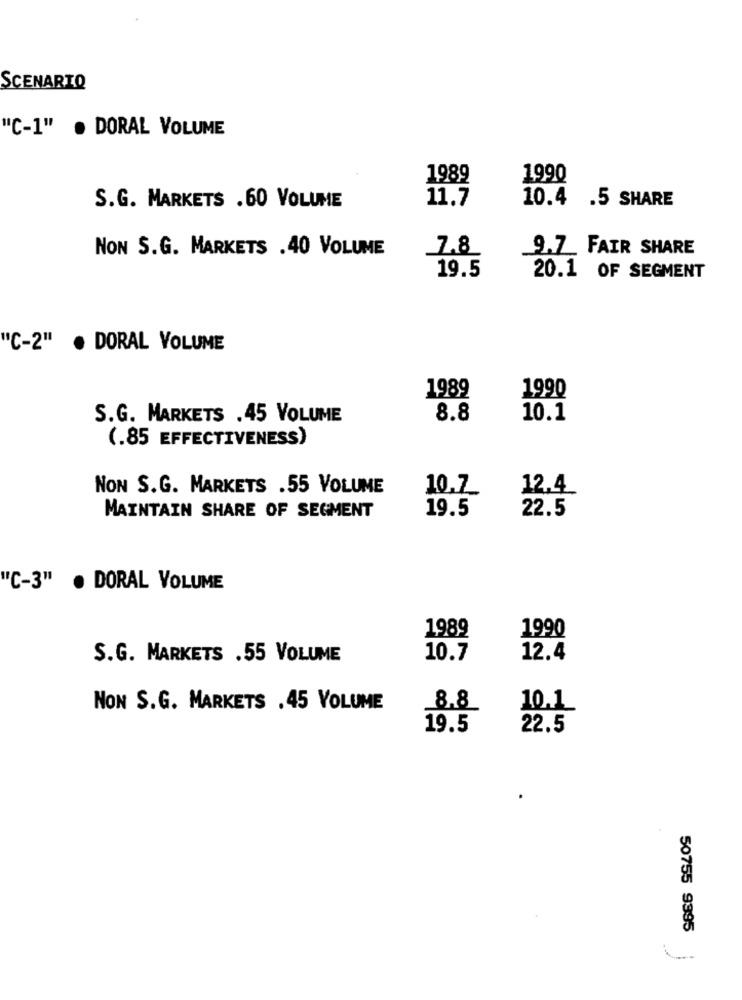
SCENARIO
"C-1" . DORAL VOLUME
1989
1990
11.7
10.4 .5 SHARE
S.G. MARKETS .60 VOLUME
NON S.G. MARKETS .40 VOLUME
_7.8
9.7_FAIR SHARE
19.5
20.1 OF SEGMENT
"C-2"
DORAL VOLUME
1989
1990
S.G. MARKETS .45 VOLUME
8.8
10.1
(.85 EFFECTIVENESS)
NON S.G. MARKETS .55 VOLUME
10.7
12.4
19.5
22.5
MAINTAIN SHARE OF SEGMENT
"C-3"
DORAL VOLUME
1989
1990
S.G. MARKETS .55 VOLUME
10.7
12.4
NON S.G. MARKETS . 45 VOLUME
8.8
10.1
19.5
22.5
50755 9395